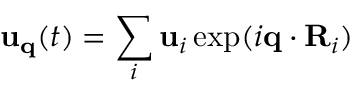
{ \bf u } _ { \bf q } ( t ) = \sum _ { i } { \bf u } _ { i } \exp ( i { \bf q } \cdot { \bf R } _ { i } )